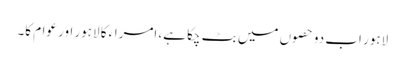
لاہور اب دو حصوں میں بٹ چکا ہے، امراء کا لاہور اور عوام کا۔